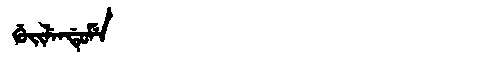
Manchu: ᡤᡠᡳᠯᡝᠨᡩᡠᠮᡝ
Romanization: GUILENDUME